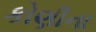
કોણીના